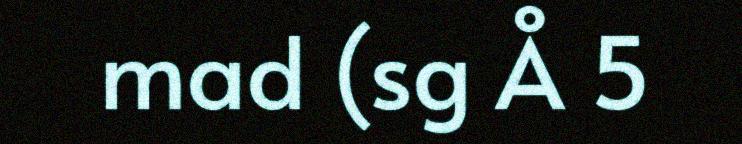
mad (sg Å 5